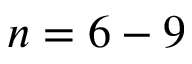
n = 6 - 9